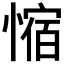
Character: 𫺿